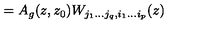
= A _ { g } ( z , z _ { 0 } ) W _ { j _ { 1 } \ldots j _ { q } , i _ { 1 } \ldots i _ { p } } ( z )